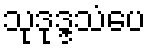
သုဒုဒ္ဒသံပေ